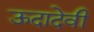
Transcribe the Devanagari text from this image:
ऊदादेवी